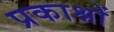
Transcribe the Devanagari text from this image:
प्रकाश्नों